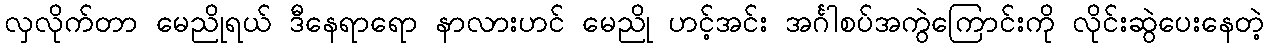
လှလိုက်တာ မေညိုရယ် ဒီနေရာရော နာလားဟင် မေညို ဟင့်အင်း အင်္ဂါစပ်အကွဲကြောင်းကို လိုင်းဆွဲပေးနေတဲ့